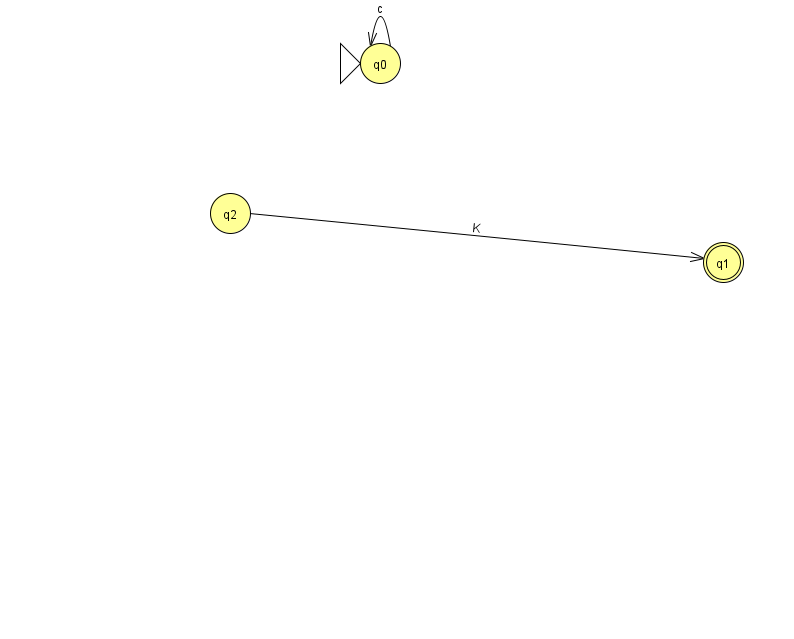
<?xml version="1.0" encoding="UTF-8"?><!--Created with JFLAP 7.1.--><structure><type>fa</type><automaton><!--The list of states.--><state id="0" name="q0"><x>380.0</x><y>50.0</y><initial/></state><state id="1" name="q1"><x>723.0</x><y>249.0</y><final/></state><state id="2" name="q2"><x>230.0</x><y>200.0</y></state><!--The list of transitions.--><transition><from>0</from><to>0</to><read>c</read></transition><transition><from>2</from><to>1</to><read>K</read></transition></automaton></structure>